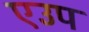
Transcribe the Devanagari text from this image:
एउप